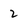
Character: 2